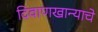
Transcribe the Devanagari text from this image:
दिवाणखान्याचे